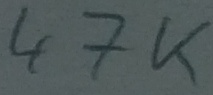
Text: 47K